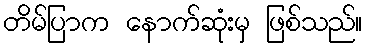
တိမ်ပြာက နောက်ဆုံးမှ ဖြစ်သည်။